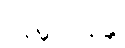
ကုမ္ဘထုနန္တိ